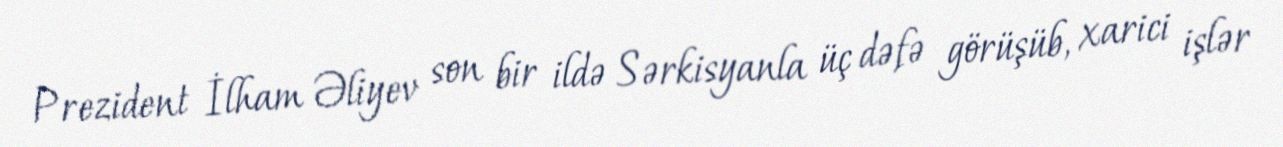
Prezident İlham Əliyev son bir ildə Sərkisyanla üç dəfə görüşüb, xarici işlər